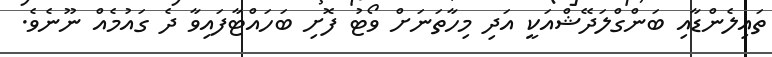
ތައިލެންޑާއި ބަންގްލަދޭޝްއަކީ އަދި މިހާތަނަށް ވޯޓު ފޮށި ބަހައްޓާފައިވާ ދެ ގައުމެއް ނޫނެވެ.